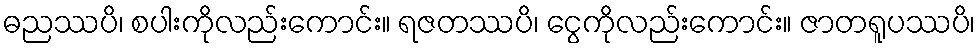
ဓညဿပိ၊ စပါးကိုလည်းကောင်း။ ရဇတဿပိ၊ ငွေကိုလည်းကောင်း။ ဇာတရူပဿပိ၊